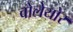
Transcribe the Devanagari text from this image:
वोलेयोर